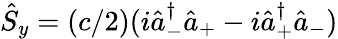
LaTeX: \hat{S}_{y}=(c/2)(i\hat{a}_{-}^{\dagger}\hat{a}_{+}-i\hat{a}_{+}^{\dagger}\hat{a}_{-})